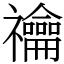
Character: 禴